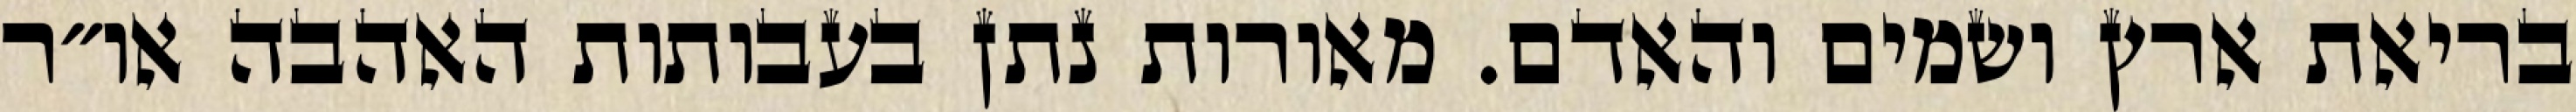
בריאת ארץ ושמים והאדם. מאורות נתן בעבותות האהבה או״ר